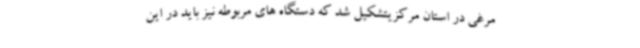
مرغی در استان مرکزیتشکیل شد که دستگاه های مربوطه نیز باید در این